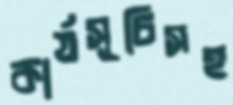
কার্যসূচিসহ